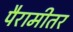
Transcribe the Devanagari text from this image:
पैरामीतर